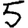
Digit: 5